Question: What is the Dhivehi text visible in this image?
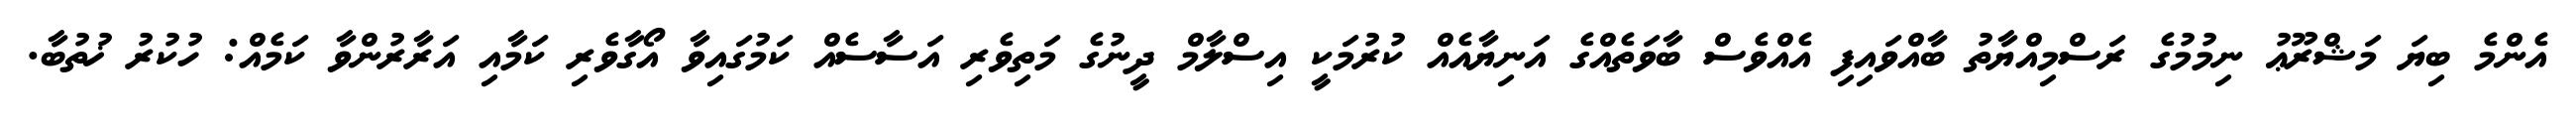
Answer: އެންމެ ބިޔަ މަޝްރޫޢު ނިމުމުގެ ރަސްމިއްޔާތު ބާއްވައިފި އެއްވެސް ބާވަތެއްގެ އަނިޔާއެއް ކުރުމަކީ އިސްލާމް ދީނުގެ މަތިވެރި އަސާސެއް ކަމުގައިވާ އޯގާވެރި ކަމާއި އަރާރުންވާ ކަމެއް: ހުކުރު ޚުތުބާ.